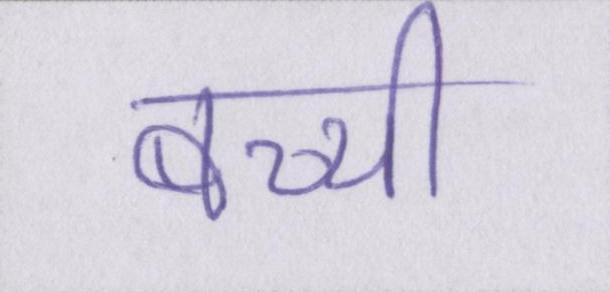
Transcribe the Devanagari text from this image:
बच्ची